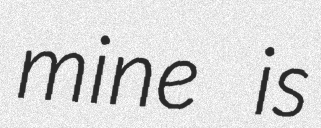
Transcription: mine is